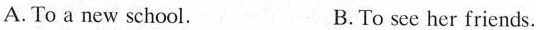
A.To a new school. B.To see her friends.